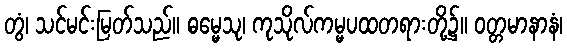
တွံ၊ သင်မင်းမြတ်သည်။ ဓမ္မေသု၊ ကုသိုလ်ကမ္မပထတရားတို့၌။ ဝတ္တမာနာနံ၊